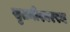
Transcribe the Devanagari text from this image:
सुतमीश्वरस्य